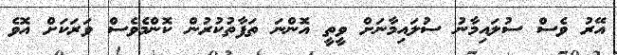
އޭރު ވެސް ސުލައިމާނު ސުލައިމާނަށް ވީތީ އޮންނަ ތަފާތުކުރުން ކޮންމެވެސް ވަރަކަށް އޮވެ